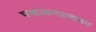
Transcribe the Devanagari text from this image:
पन्हाळगडावरुन